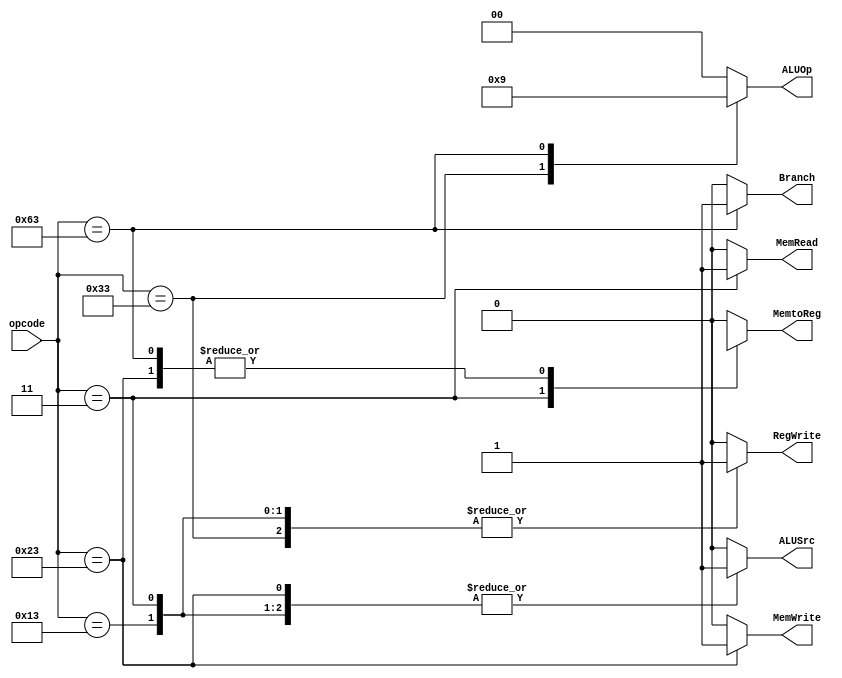
module Control_Unit(opcode, ALUOp, Branch, MemRead, MemtoReg, MemWrite, ALUSrc, RegWrite);
  
  input [6:0] opcode;
  output reg [1:0] ALUOp;
  output reg Branch;
  output reg MemRead;
  output reg MemtoReg;
  output reg MemWrite;
  output reg ALUSrc;
  output reg RegWrite;
  
  always@(*) begin
    case (opcode)
    7'b0110011: begin
      ALUOp = 2'b10;
      Branch = 1'b0;
      MemWrite = 1'b0;
      MemRead = 1'b0;
      RegWrite = 1'b1;
      MemtoReg = 1'b0;
      ALUSrc = 1'b0;
    end
    7'b0000011: begin
      ALUOp = 2'b00;
      Branch = 1'b0;
      MemWrite = 1'b0;
      MemRead = 1'b1;
      RegWrite = 1'b1;
      MemtoReg = 1'b1;
      ALUSrc = 1'b1;
    end
    7'b0100011: begin
      ALUOp = 2'b00;
      Branch = 1'b0;
      MemWrite = 1'b1;
      MemRead = 1'b0;
      RegWrite = 1'b0;
      MemtoReg = 1'bx;
      ALUSrc = 1'b1;
    end
    7'b1100011: begin
      ALUOp = 2'b01;
      Branch = 1'b1;
      MemWrite = 1'b0;
      MemRead = 1'b0;
      RegWrite = 1'b0;
      MemtoReg = 1'bx;
      ALUSrc = 1'b0;
    end
    7'b0010011: begin
      ALUOp = 2'b00;
      Branch = 1'b0;
      MemWrite = 1'b0;
      MemRead = 1'b0;
      RegWrite = 1'b1;
      MemtoReg = 1'b0;
      ALUSrc = 1'b1;
    end
    default: begin
      ALUOp = 2'b00;
      Branch = 1'b0;
      MemWrite = 1'b0;
      MemRead = 1'b0;
      RegWrite = 1'b0;
      MemtoReg = 1'b0;
      ALUSrc = 1'b0;
    end
    endcase
      
  end
  
      
endmodule